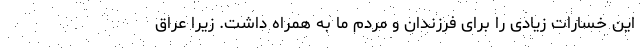
این خسارات زیادی را برای فرزندان و مردم ما به همراه داشت. زیرا عراق